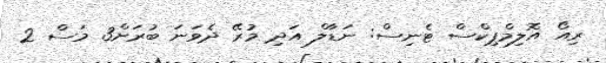
ރިއޯ އޮލިމްޕިކްސް ޓެނިސް: ނަޑާލް އަދި މުރޭ ދެވަނަ ބުރަށް3 މަސް 2